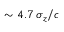
\sim 4 . 7 \, \sigma _ { z } / c